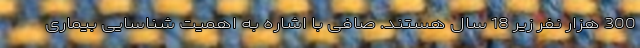
300 هزار نفر زیر 18 سال هستند. صافی با اشاره به اهمیت شناسایی بیماری